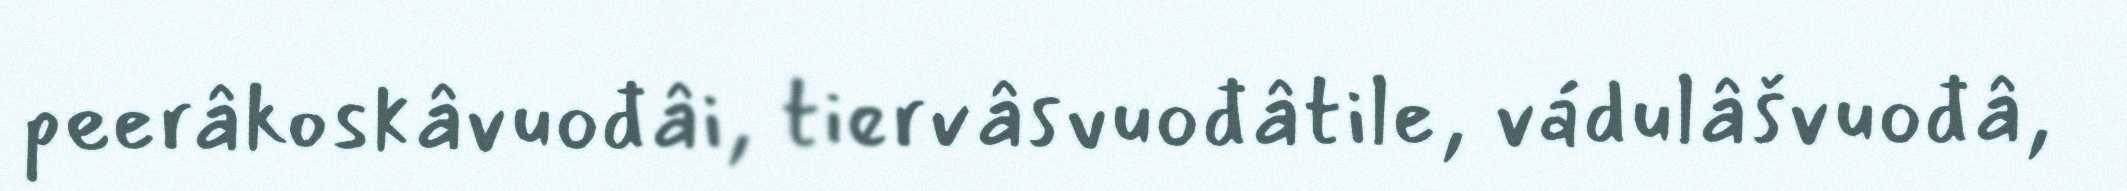
peerâkoskâvuođâi, tiervâsvuođâtile, vádulâšvuođâ,